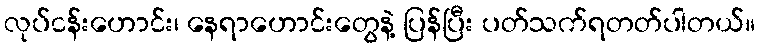
လုပ်ငန်းဟောင်း၊ နေရာဟောင်းတွေနဲ့ ပြန်ပြီး ပတ်သက်ရတတ်ပါတယ်။